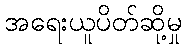
အရေးယူပိတ်ဆို့မှု